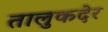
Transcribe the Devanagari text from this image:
तालुकदेर